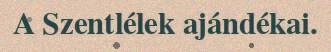
A Szentlélek ajándékai.